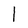
Character: 1